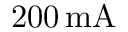
2 0 0 \, \mathrm { m A }